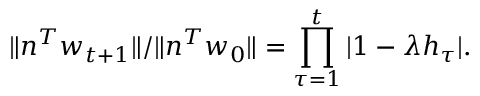
\| n ^ { T } w _ { t + 1 } \| / \| n ^ { T } w _ { 0 } \| = \prod _ { \tau = 1 } ^ { t } | 1 - \lambda h _ { \tau } | .